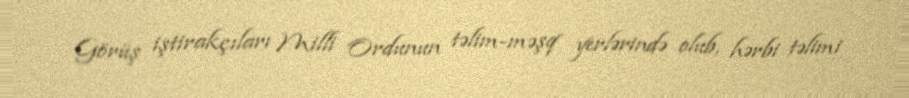
Görüş iştirakçıları Milli Ordunun təlim-məşq yerlərində olub, hərbi təlimi